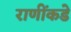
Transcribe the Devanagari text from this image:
राणींकडे